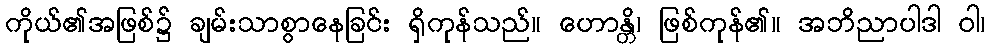
ကိုယ်၏အဖြစ်၌ ချမ်းသာစွာနေခြင်း ရှိကုန်သည်။ ဟောန္တိ၊ ဖြစ်ကုန်၏။ အဘိညာပါဒါ ဝါ၊